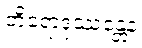
တိရောဒုဿန္တေန